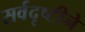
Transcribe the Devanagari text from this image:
सर्वदृष्टीने